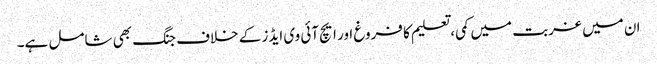
ان میں غربت میں کمی، تعلیم کا فروغ اور ایچ آئی وی ایڈز کے خلاف جنگ بھی شامل ہے۔